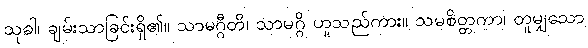
သုခါ၊ ချမ်းသာခြင်းရှိ၏။ သာမဂ္ဂီတိ၊ သာမဂ္ဂိ ဟူသည်ကား။ သမစိတ္တကာ၊ တူမျှသော